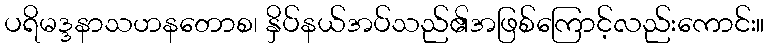
ပရိမဒ္ဒနာသဟနတောစ၊ နှိပ်နယ်အပ်သည်၏အဖြစ်ကြောင့်လည်းကောင်း။